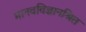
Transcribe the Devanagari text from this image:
मानवविज्ञानश्रित